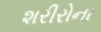
શરીરોના